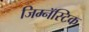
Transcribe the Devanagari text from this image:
जिम्नॅस्टिक